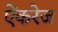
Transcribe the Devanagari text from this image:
ऐंकरेज